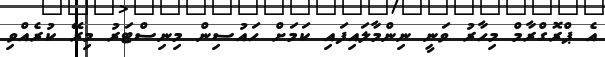
އެ ޕްރޮގްރާމް މިހާރު ވަނީ ނިންމާލައިފައި ކަމަށް ހައުސިން މިނިސްޓަރު މިރޭ ކުރެއްވި